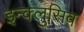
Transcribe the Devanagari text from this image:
इन्क्लुसिव